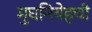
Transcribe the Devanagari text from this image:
मुघनियेहची